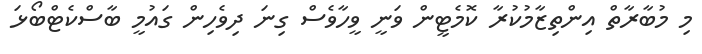
މި މުބާރާތް އިންތިޒާމުކުރާ ކޮމެޓީން ވަނީ ވީހާވެސް ގިނަ ދިވެހިން ގައުމީ ބާސްކެޓްބޯޅަ